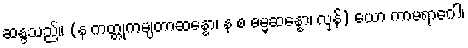
ဆန္ဒသည်။ (န ကတ္တုကမျတာဆန္နော၊ န စ ဓမ္မဆန္နော၊ လှန်) ယော ကာမရာဂေါ၊